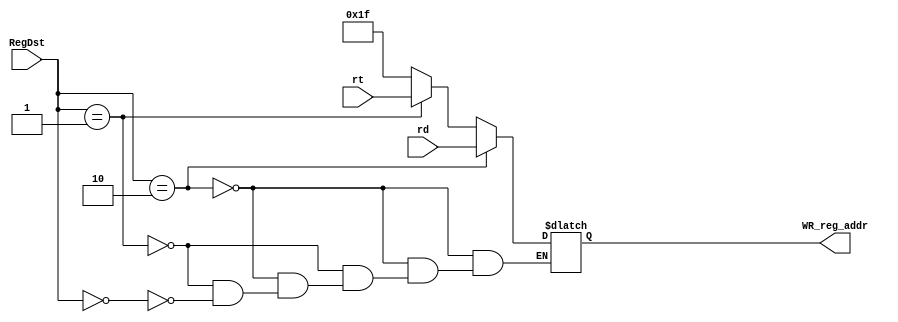
`timescale 1ns / 1ps
//////////////////////////////////////////////////////////////////////////////////
// Company: 
// Engineer: 
// 
// Design Name: 
// Module Name: Mux_RegDst
// Project Name: 
// Target Devices: 
// Tool Versions: 
// Description: 
// 
// Dependencies: 
// 
// Revision:
// Revision 0.01 - File Created
// Additional Comments:
// 
//////////////////////////////////////////////////////////////////////////////////


module Mux_RegDst(
    input [1:0] RegDst,
    input [4:0] rt,
    input [4:0] rd,
    output reg [4:0] WR_reg_addr
    );
    
    always@ (*) begin
        if( RegDst == 2 )
            WR_reg_addr = rd;
        else if( RegDst == 1 )
            WR_reg_addr = rt;
        else if( RegDst == 0 )
            WR_reg_addr = 5'b11111;
    end
endmodule